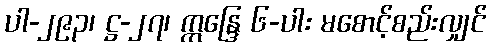
ပါ-၂၉၃၊ ဋ္ဌ-၂၇၊ ဣန္ဒြေ ၆-ပါး မစောင့်စည်းလျှင်